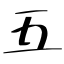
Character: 五